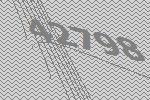
42798